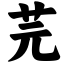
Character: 芫